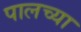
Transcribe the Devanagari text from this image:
पालच्या